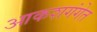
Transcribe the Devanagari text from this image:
आकशगंगेत